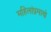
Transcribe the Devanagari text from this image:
महिलांप्रमाणे